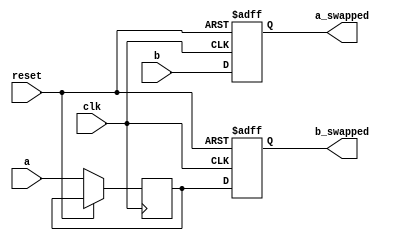
module swap_registers (
    input wire clk,
    input wire reset,
    input wire [7:0] a,
    input wire [7:0] b,
    output reg [7:0] a_swapped,
    output reg [7:0] b_swapped
);

reg [7:0] temp;

always @(posedge clk or posedge reset) begin
    if (reset) begin
        a_swapped <= 8'b0;
        b_swapped <= 8'b0;
    end else begin
        temp <= a;
        #50;
        a_swapped <= b;
        #50;
        b_swapped <= temp;
    end
end

endmodule